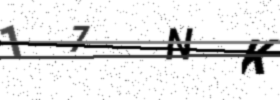
Text: 17NK